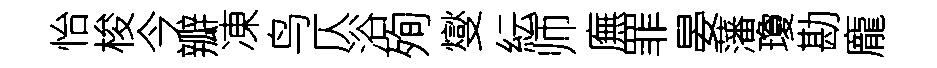
怡梭今瓣凍鸟仄浴殉燮紜师廡罪晏藩瓊勘龐